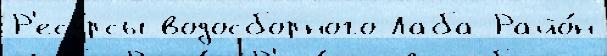
Р'есу́рсы водосборного Лаба Райо́н